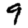
Digit: 9